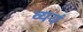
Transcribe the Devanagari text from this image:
व्ययं